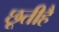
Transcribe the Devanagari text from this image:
छूतीहै